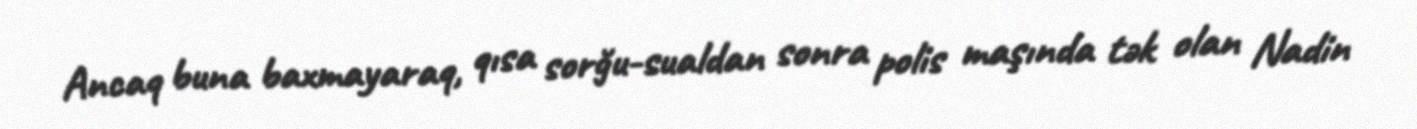
Ancaq buna baxmayaraq, qısa sorğu-sualdan sonra polis maşında tək olan Nadin